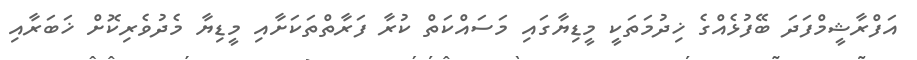
އަފްރާޝީމްފަދަ ބޭފުޅެއްގެ ޚިދުމަތަކީ މީޑިޔާގައި މަސައްކަތް ކުރާ ފަރާތްތަކަށާއި މީޑިޔާ މެދުވެރިކޮށް ޚަބަރާއި